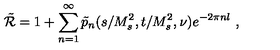
\tilde { \cal R } = 1 + \sum _ { n = 1 } ^ { \infty } \tilde { p } _ { n } ( s / M _ { s } ^ { 2 } , t / M _ { s } ^ { 2 } , \nu ) e ^ { - 2 \pi n l } \ ,